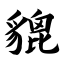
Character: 貔